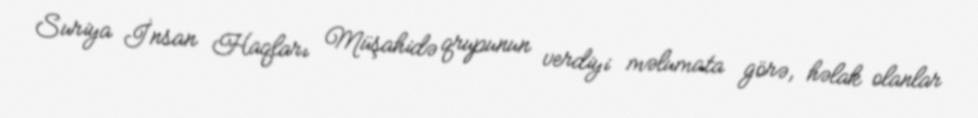
Suriya İnsan Haqları Müşahidə qrupunun verdiyi məlumata görə, həlak olanlar